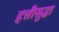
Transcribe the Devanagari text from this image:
हत्तीसुद्धा